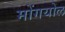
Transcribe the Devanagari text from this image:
मोंगयोल